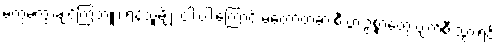
မကွဲမကွာချင်ကြဘူး၊ ရန်သူမျိုး ငါးပါးကြောင့် မတော်တဆ စီးပွားဥစ္စာတွေ ပျက်စီးသွားရင်